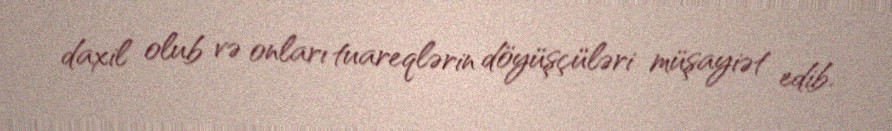
daxil olub və onları tuareqlərin döyüşçüləri müşayiət edib.